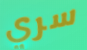
سري